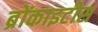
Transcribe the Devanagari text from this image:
ब्रोंकाइटीस